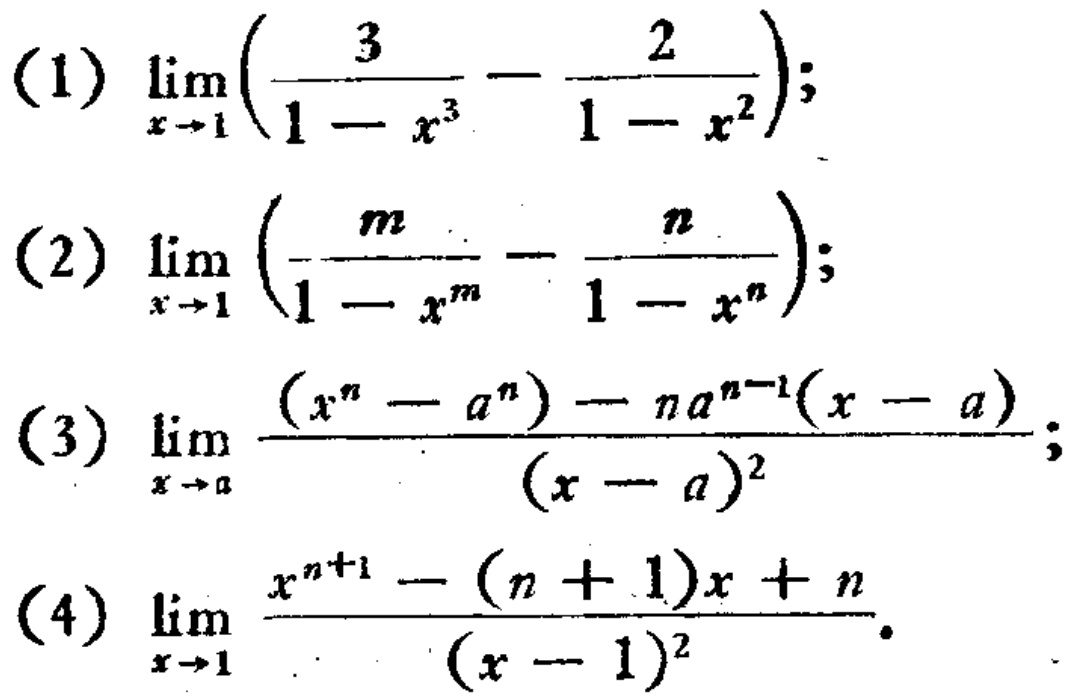
(1) \(\lim_{x \to 1} \left(\frac{3}{1 - x^{3}} - \frac{2}{1 - x^{2}}\right)\);
(2) \(\lim_{x \to 1} \left(\frac{m}{1 - x^{m}} - \frac{n}{1 - x^{n}}\right)\);
(3) \(\lim_{x \to a} \frac{(x^{n} - a^{n}) - na^{n - 1}(x - a)}{(x - a)^{2}}\);
(4) \(\lim_{x \to 1} \frac{x^{n + 1} - (n + 1)x + n}{(x - 1)^{2}}\)